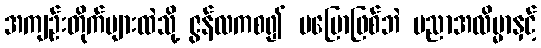
အကျဉ်းတိုက်များထဲသို့ ဇွန်လကစ၍ မပြောဖြစ်ဘဲ ပညာအလိမ္မာနှင့်